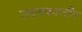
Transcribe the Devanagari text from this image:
उदयकालीन